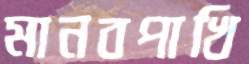
মানবপাখি